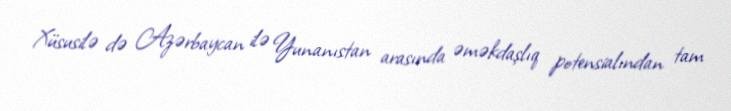
Xüsusilə də Azərbaycan ilə Yunanıstan arasında əməkdaşlıq potensialından tam